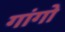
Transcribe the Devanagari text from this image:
गांगो